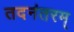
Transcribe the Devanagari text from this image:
तदनंतरम्